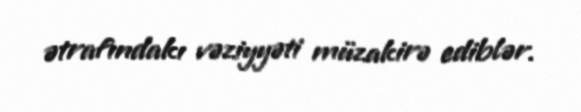
ətrafındakı vəziyyəti müzakirə ediblər.